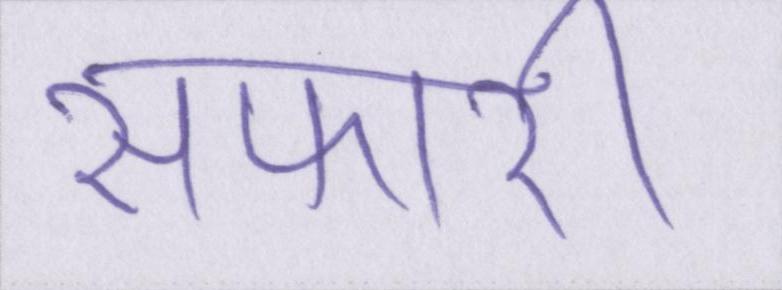
सफारी